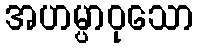
အဟမ္ပာဝုသော